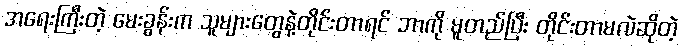
အရေးကြီးတဲ့ မေးခွန်းက သူများတွေနဲ့တိုင်းတာရင် ဘာကို မူတည်ပြီး တိုင်းတာမလဲဆိုတဲ့